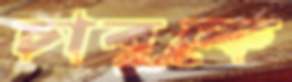
চাবুকে